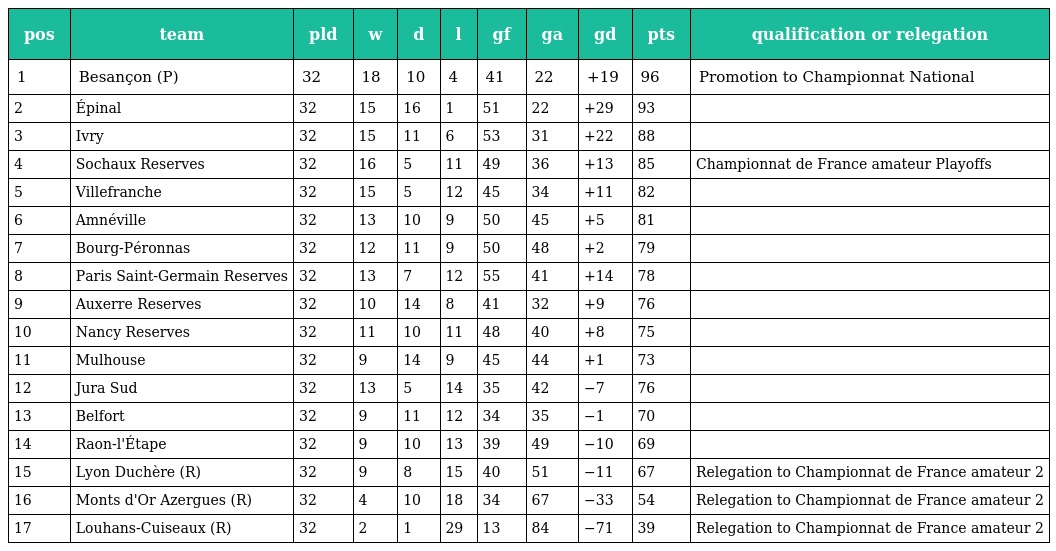
| pos | team | pld | w | d | l | gf | ga | gd | pts | qualification or relegation |
 | --- | --- | --- | --- | --- | --- | --- | --- | --- | --- | --- |
 | 1 | Besançon (P) | 32 | 18 | 10 | 4 | 41 | 22 | +19 | 96 | Promotion to Championnat National |
 | 2 | Épinal | 32 | 15 | 16 | 1 | 51 | 22 | +29 | 93 |  |
 | 3 | Ivry | 32 | 15 | 11 | 6 | 53 | 31 | +22 | 88 |  |
 | 4 | Sochaux Reserves | 32 | 16 | 5 | 11 | 49 | 36 | +13 | 85 | Championnat de France amateur Playoffs |
 | 5 | Villefranche | 32 | 15 | 5 | 12 | 45 | 34 | +11 | 82 |  |
 | 6 | Amnéville | 32 | 13 | 10 | 9 | 50 | 45 | +5 | 81 |  |
 | 7 | Bourg-Péronnas | 32 | 12 | 11 | 9 | 50 | 48 | +2 | 79 |  |
 | 8 | Paris Saint-Germain Reserves | 32 | 13 | 7 | 12 | 55 | 41 | +14 | 78 |  |
 | 9 | Auxerre Reserves | 32 | 10 | 14 | 8 | 41 | 32 | +9 | 76 |  |
 | 10 | Nancy Reserves | 32 | 11 | 10 | 11 | 48 | 40 | +8 | 75 |  |
 | 11 | Mulhouse | 32 | 9 | 14 | 9 | 45 | 44 | +1 | 73 |  |
 | 12 | Jura Sud | 32 | 13 | 5 | 14 | 35 | 42 | −7 | 76 |  |
 | 13 | Belfort | 32 | 9 | 11 | 12 | 34 | 35 | −1 | 70 |  |
 | 14 | Raon-l'Étape | 32 | 9 | 10 | 13 | 39 | 49 | −10 | 69 |  |
 | 15 | Lyon Duchère (R) | 32 | 9 | 8 | 15 | 40 | 51 | −11 | 67 | Relegation to Championnat de France amateur 2 |
 | 16 | Monts d'Or Azergues (R) | 32 | 4 | 10 | 18 | 34 | 67 | −33 | 54 | Relegation to Championnat de France amateur 2 |
 | 17 | Louhans-Cuiseaux (R) | 32 | 2 | 1 | 29 | 13 | 84 | −71 | 39 | Relegation to Championnat de France amateur 2 |